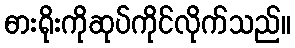
ဓားရိုးကိုဆုပ်ကိုင်လိုက်သည်။